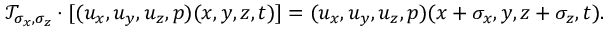
\mathcal { T } _ { \sigma _ { x } , \sigma _ { z } } \cdot [ ( u _ { x } , u _ { y } , u _ { z } , p ) ( x , y , z , t ) ] = ( u _ { x } , u _ { y } , u _ { z } , p ) ( x + \sigma _ { x } , y , z + \sigma _ { z } , t ) .